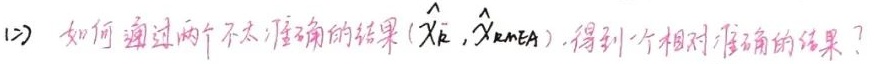
1→) 如何通过两个不太准确的结果\((\hat{\mathbf{x}}_{k},\hat{\mathbf{x}}_{k}^{\text{MEA}})\)，得到一个相对准确的结果？